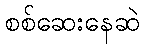
စစ်ဆေးနေဆဲ